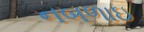
નબળાઇ